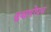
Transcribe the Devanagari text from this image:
व्रुक्षारोपन